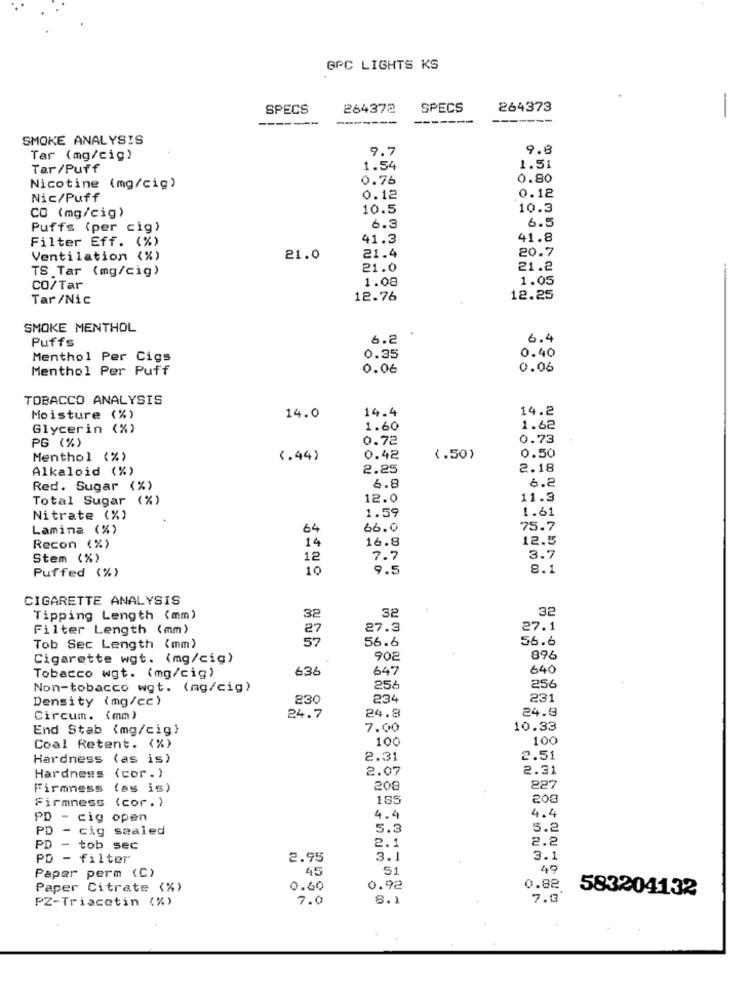
GPC LIGHTS KS
SPECS
264372
SPECS
264373
------
-------
----
-
SMOKE ANALYSIS
9.7
9.8
Tar (mg/cig)
Tar/Puff
1.54
1.51
0.76
0.80
Nicotine (mg/cig)
Nic/Puff
0.12
0.12
10.5
10.3
CO (mg/cig)
6.5
Puffs (per cig)
6.3
Filter Eff. (%)
41.3
41.8
20.7
Ventilation (%)
21.0
21.4
TS Tar (mg/cig)
21.0
21.2
-
1.08
1.05
CO/Tar
Tar /Nic
12.76
12.25
SMOKE MENTHOL
Puffs
6.2
6.4
0.40
Menthol Per Cigs
0.35
Menthol Per Puff
0.06
0.06
TOBACCO ANALYSIS
14.4
14.2
Moisture (%)
14.0
Glycerin (%)
1.60
1.62
PG (%)
0.72
0.73
0.50
Menthol (%)
(.44)
0.42
(.50)
Alkaloid (%)
2.25
2.18
6.2
Red. Sugar (%)
6.8
Total Sugar (%)
12.0
11.3
1.59
1.61
Nitrate (%)
Lamina (%)
64
66.0
75.7
16.8
12.5
Recon (%)
14
Stem (%)
12
7.7
3.7
Puffed (%)
10
9.5
8.1
CIGARETTE ANALYSIS
32
32
Tipping Length (mm)
32
Filter Length (mm)
27
27.3
27.1
57
56.6
56.6
Tob Sec Length (mm)
Cigarette wgt. (mg/cig)
902
896
Tobacco wgt. (mg/cig)
636
647
640
Non-tobacco wgt. (mg/cig)
256
256
Density (mg/cc)
230
234
231
24.9
Circum. (mm)
24.7
24.8
End Stab (mg/cig)
7.00
10.33
100
100
Coal Retent. (%)
Hardness (as is)
2.31
2.51
2.07
2.31
Hardness (cor.)
Firmness (as is)
200
227
Firmness (cor.)
185
203
PD - cig open
4.4
4.4
PD - cig sealed
5.3
5.2
2.2
PD - tob sec
2.1
PD - filter
2.95
3.1
3.1
45
51
49
Paper perm (C)
Paper Citrate (%)
0.60
0.92
0.82
583204132
PZ-Triacetin (%)
7.0
8.1
7.0